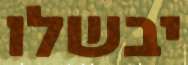
יבשלו